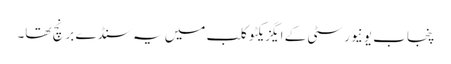
پنجاب یونیورسٹی کے ایگزیکٹو کلب میں یہ سنڈے برنچ تھا۔